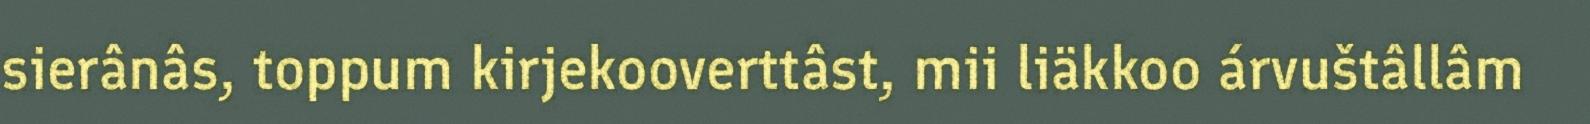
sierânâs, toppum kirjekooverttâst, mii liäkkoo árvuštâllâm